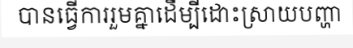
បានធ្វើការរួមគ្នាដើម្បីដោះស្រាយបញ្ហា